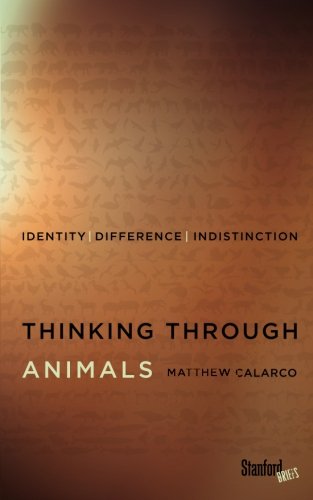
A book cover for Thinking Through Animals: Identity, Difference, Indistinction; Matthew Calarco; Science & Math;